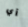
أي